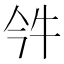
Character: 𤘨